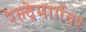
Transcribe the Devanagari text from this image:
रेल्वेमार्गवर